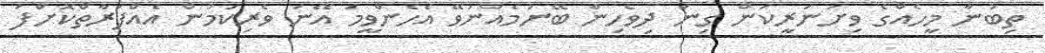
ތިބުނާ މީހެއްގެ ވިށަނަރީކަން ގިނަ ދިވެހިން ބޭނުމެއްނުވޭ އެހެންވީމަ އޭނަ ވެރިކަމުން އެއްފަރާތްކޮށްފަ